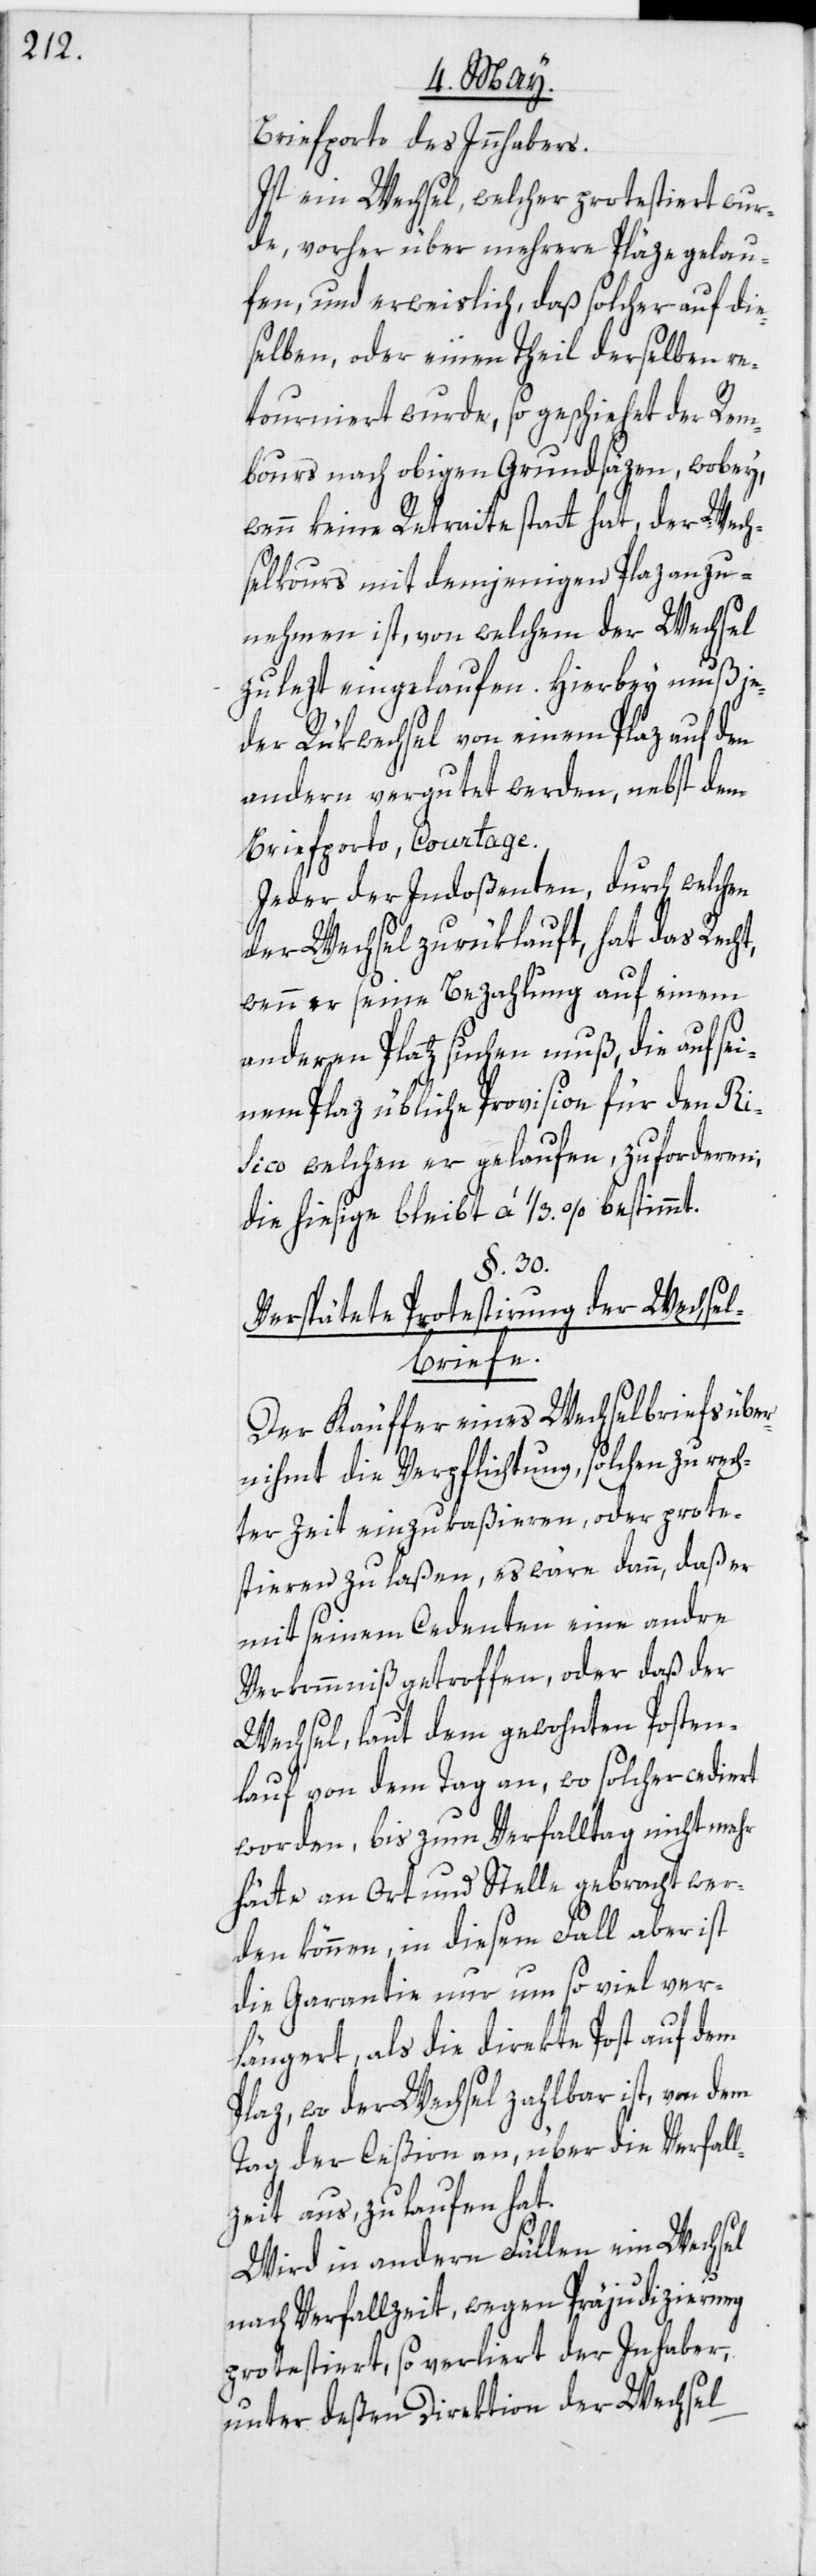
Briefporto des Innhabers.
Ist ein Wechsel, welcher protestiert wur¬
de, vorher über mehrere Pläze gelau¬
fen, und erweislich, daß solcher auf die¬
selben, oder einen Theil derselben re¬
tourniert wurde, so geschiehet der Rem¬
bours nach obigen Grundsäzen, wobey,
wenn keine Retraite statt hat, der Wech¬
selkours mit demjenigen Plaz anzu¬
nehmen ist, von welchem der Wechsel
zulezt eingelaufen. Hierbey muß je¬
der Rükwechsel von einem Plaz auf den
andern vergutet werden, nebst dem
Briefporto, Courtage.
Jeder der Indoßenten, durch welchen
der Wechsel zurüklauft, hat das Recht,
wenn er seine Bezahlung auf einem
anderen Platz suchen muß, die auf sei¬
nem Plaz übliche Provision für den Ri¬
sico welchen er gelaufen, zu forderen;
die hiesige bleibt à 1/3. % bestimmt.
§. 30.
Verspätete Protestirung der Wechse¬
l-Briefe.
Der Käuffer eines Wechselbriefs über¬
nihmt die Verpflichtung, solchen zu rech¬
ter Zeit einzukaßieren, oder prote¬
stieren zu laßen, es wäre dann, daß er
mit seinem Cedenten eine andre
Verkommniß getroffen, oder daß der
Wechsel, laut dem gewohnten Posten¬
lauf von dem Tag an, wo solcher cediert
worden, bis zum Verfalltag nicht mehr
hätte an Ort und Stelle gebracht wer¬
den können, in diesem Fall aber ist
die Garantie nur um so viel ver¬
längert, als die direkte Post auf dem
Plaz, wo der Wechsel zahlbar ist, von dem
Tag der Ceßion an, über die Verfal¬
lzeit aus, zu laufen hat.
Wird in andern Fällen ein Wechsel
nach Verfallzeit, wegen Präjudizierung
protestiert, so verliert der Inhaber,
unter deßen Direktion der Wechsel